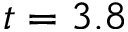
t = 3 . 8